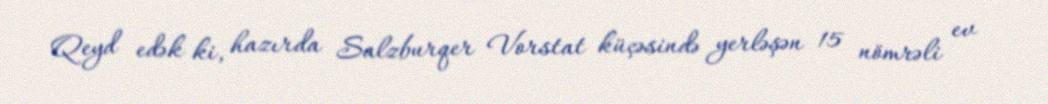
Qeyd edək ki, hazırda Salzburqer Vorstat küçəsində yerləşən 15 nömrəli ev